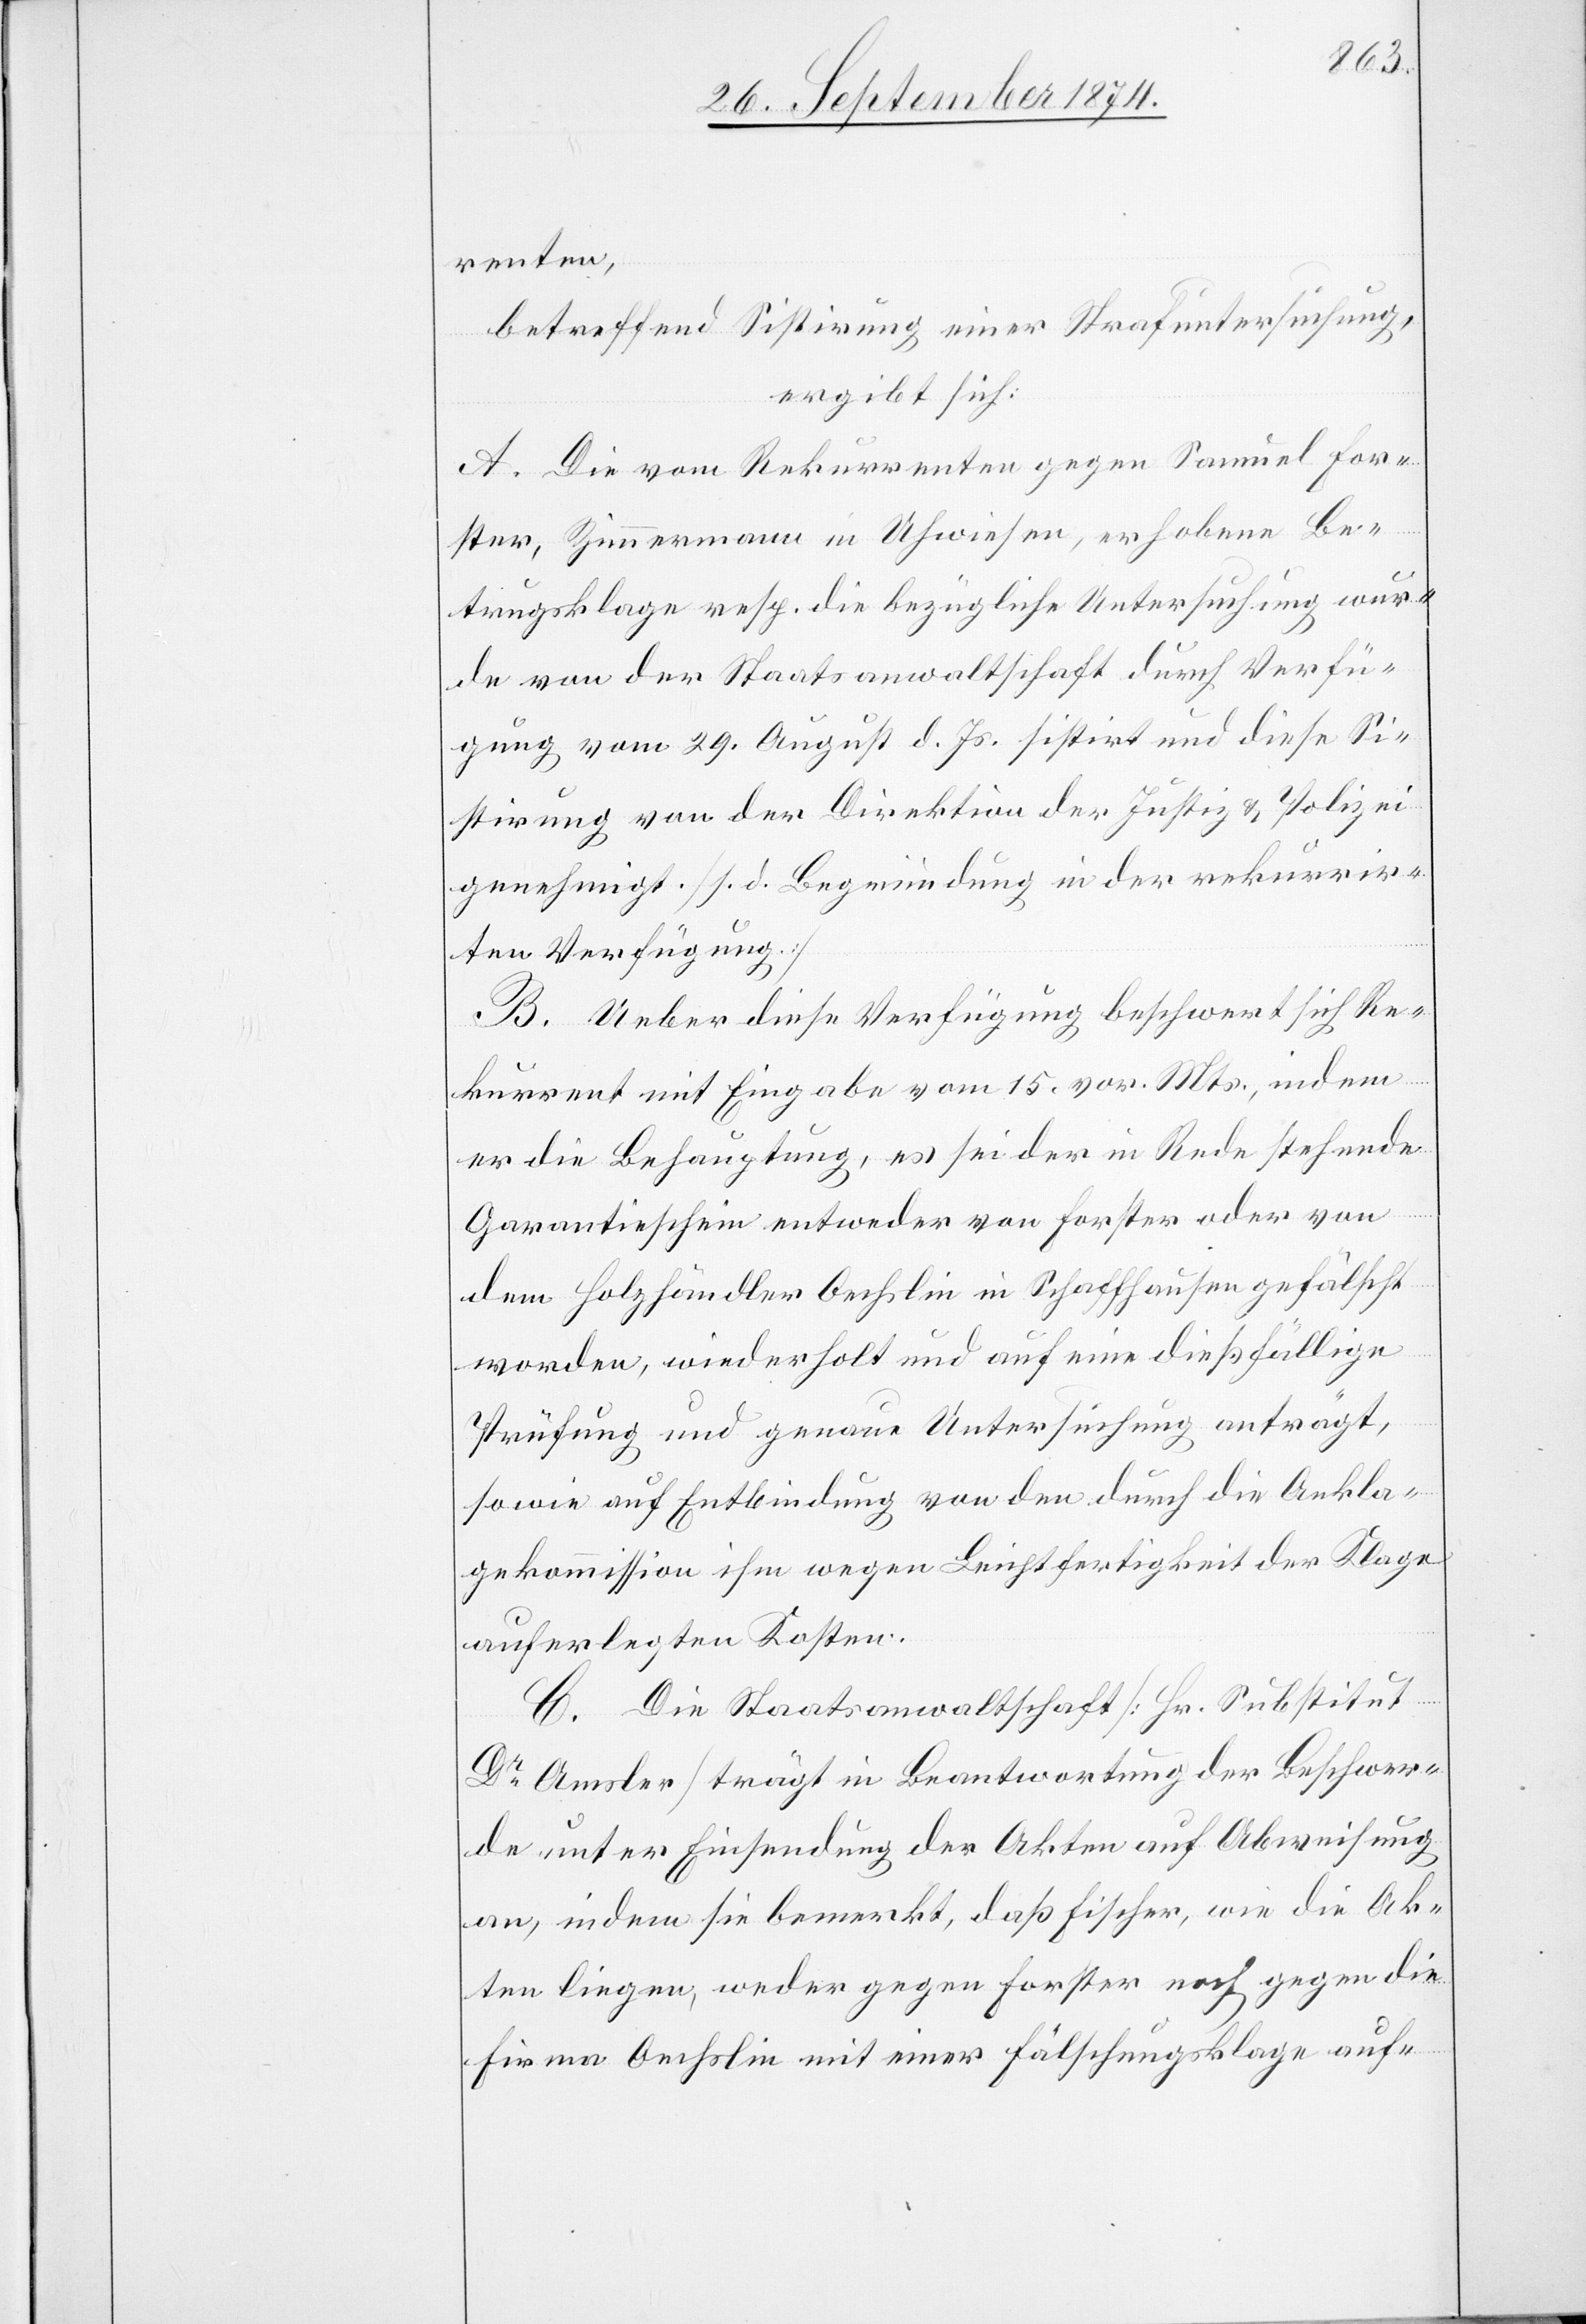
renten,
betreffend Sistirung einer Strafuntersuchung,
ergibt sich:
A. Die vom Rekurrenten gegen Samuel For¬
ster, Zimmermann in Uhwiesen, erhobene Be¬
trugsklage resp. die bezügliche Untersuchung wur¬
de von der Staatsanwaltschaft durch Verfü¬
gung vom 29. August d. Js. sistirt und diese Si¬
stirung von der Direktion der Justiz & Polizei
genehmigt. [s. d. Begründung in der rekurrir¬
ten Verfügung.]
B. Ueber diese Verfügung beschwert sich Re¬
kurrent mit Eingabe vom 15. vor. Mts., indem
er die Behauptung, es sei der in Rede stehende
Garantieschein entweder von Forster oder von
dem Holzhändler Oechslin in Schaffhausen gefälscht
worden, wiederholt und auf eine dießfällige
Prüfung und genaue Untersuchung anträgt,
so wie auf Entbindung von den durch die Ankla¬
gekommission ihm wegen Leichtfertigkeit der Klage
auferlegten Kosten.
C. Die Staatsanwaltschaft [Hr. Substitut
Dr Amsler] trägt in Beantwortung der Beschwer¬
de unter Einsendung der Akten auf Abweisung
an, indem sie bemerkt, daß Fischer, wie die Ak¬
ten liegen, weder gegen Forster noch gegen die
Firma Oechslin mit einer Fälschungsklage auf-